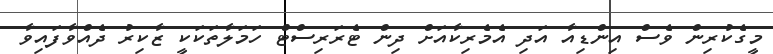
މީގެކުރިން ވެސް އިންޑިއާ އަދި އެމެރިކާއަށް ދިން ޓެރަރިސްޓް ހަމަލާތަކަކީ ޒާކިރު ދެއްވާފައިވާ